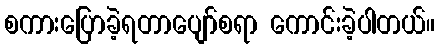
စကားပြောခဲ့ရတာပျော်စရာ ကောင်းခဲ့ပါတယ်။